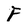
Character: F